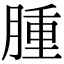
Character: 腫